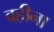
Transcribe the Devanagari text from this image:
वहीना